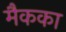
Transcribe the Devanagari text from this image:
मैकका